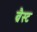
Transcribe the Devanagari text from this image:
ब्रैस्ट